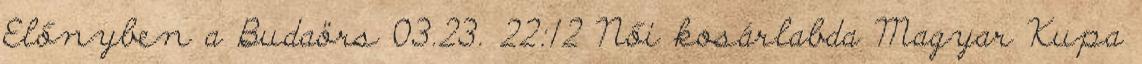
Előnyben a Budaörs 03.23. 22:12 Női kosárlabda Magyar Kupa